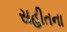
સહીતના